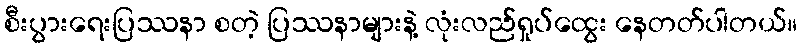
စီးပွားရေးပြဿနာ စတဲ့ ပြဿနာများနဲ့ လုံးလည်ရှုပ်ထွေး နေတတ်ပါတယ်။